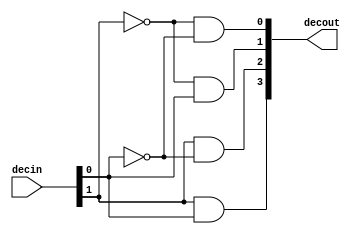
module decoder2to4bits(decin,decout);
input [1:0] decin;
output [3:0] decout;
assign decout[0] = (~decin[1])&(~decin[0]);
assign decout[1] = (~decin[1])&(decin[0]);
assign decout[2] = (decin[1])&(~decin[0]);
assign decout[3] = (decin[1])&(decin[0]);
    
endmodule